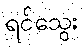
ရင်သွေး